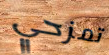
تمزحي